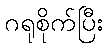
ဂရုစိုက်ပြီး